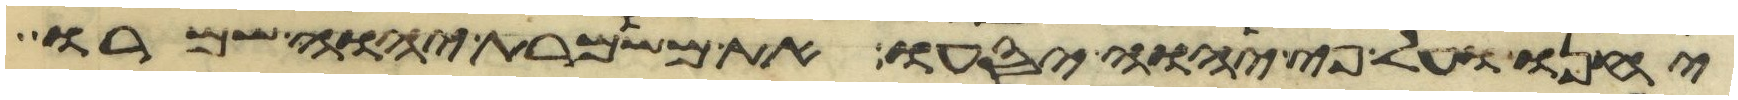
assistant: יחנו ועל פי יהוה יסעו את משמרת יהוה שמרו